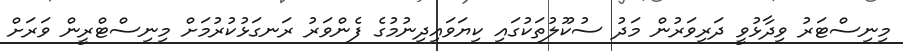
މިނިސްޓަރު ވިދާޅުވީ ދަރިވަރުން މަދު ސުކޫލުތަކުގައި ކިޔަވައިދިނުމުގެ ފެންވަރު ރަނގަޅުކުރުމަށް މިނިސްޓްރީން ވަރަށް